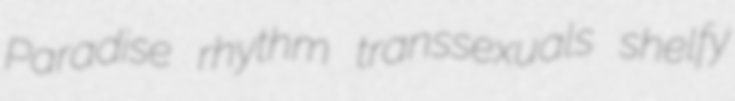
Paradise rhythm transsexuals shelfy